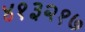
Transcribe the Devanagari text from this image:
४१३२१७